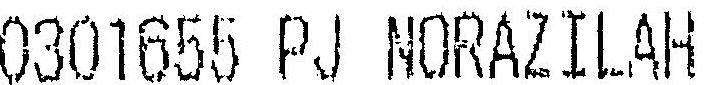
0301655 PJ NORAZILAH